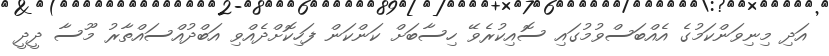
އަދި މިނިވަންކަމުގެ އެއްބަސްވުމުގައި ސޮއިކުރެވޭ ހިސާބަށް ކަންކަން ފަހިކޮށްދެއްވި އަބްދުއްސައްތާރު މޫސާ ދީދީ